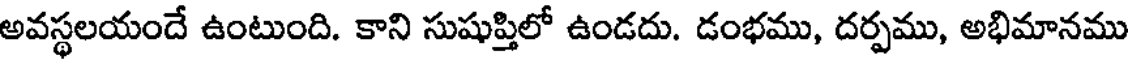
అవస్థలయందే ఉంటుంది. కాని సుషుప్తిలో ఉండదు. డంభము, దర్పము, అభిమానము